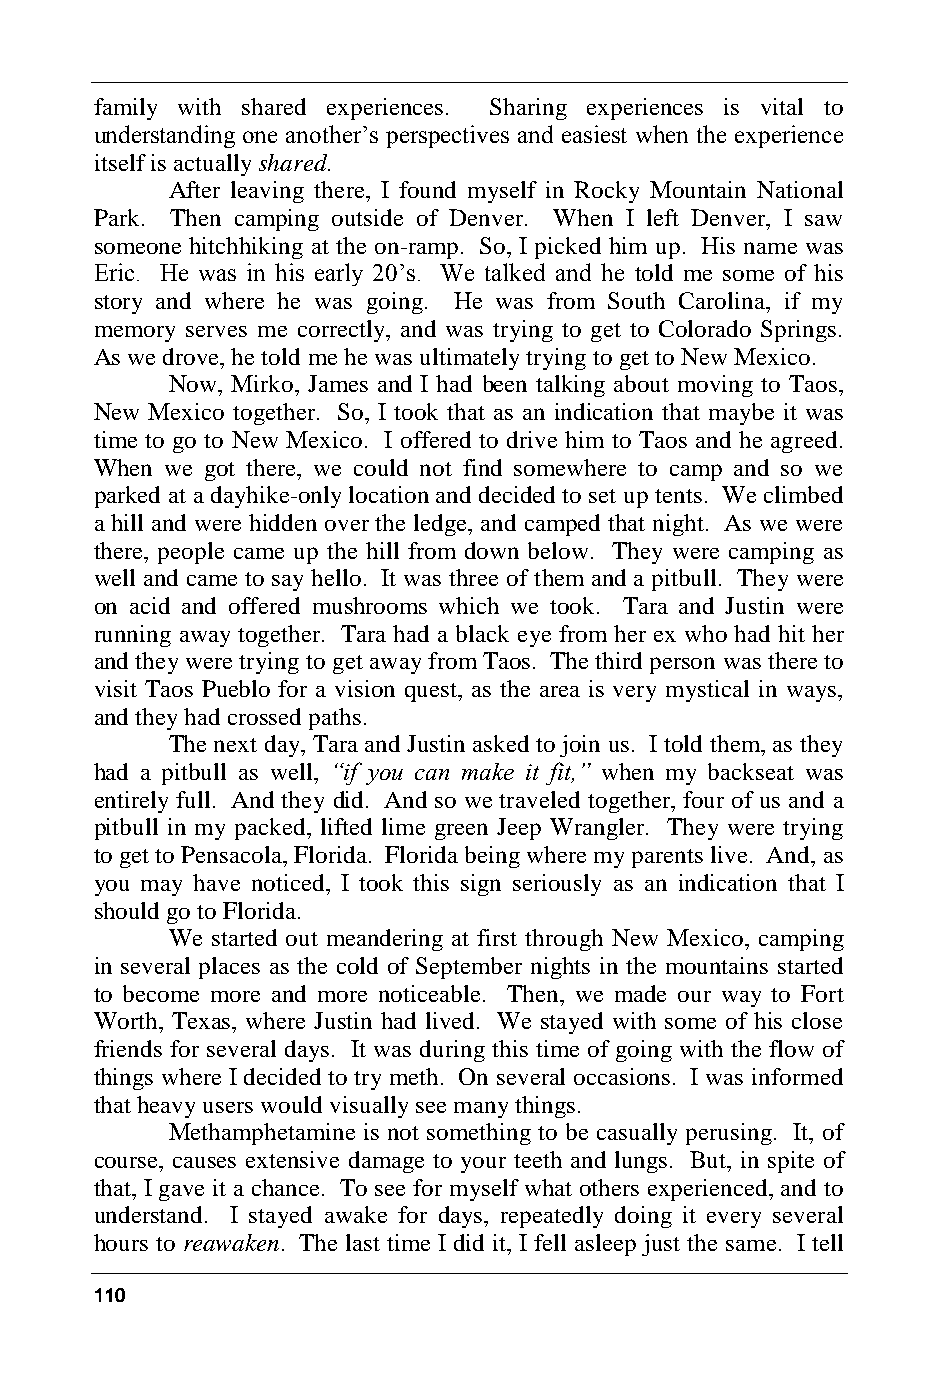
family with shared experiences. Sharing experiences is vital to
 understanding one another’s perspectives and easiest when the experience
 itself is actually shared.
 After leaving there, I found myself in Rocky Mountain National
 Park. Then camping outside of Denver. When I left Denver, I saw
 someone hitchhiking at the on-ramp. So, I picked him up. His name was
 Eric. He was in his early 20’s. We talked and he told me some of his
 story and where he was going. He was from South Carolina, if my
 memory serves me correctly, and was trying to get to Colorado Springs.
 As we drove, he told me he was ultimately trying to get to New Mexico.
 Now, Mirko, James and I had been talking about moving to Taos,
 New Mexico together. So, I took that as an indication that maybe it was
 time to go to New Mexico. I offered to drive him to Taos and he agreed.
 When we got there, we could not find somewhere to camp and so we
 parked at a dayhike-only location and decided to set up tents. We climbed
 a hill and were hidden over the ledge, and camped that night. As we were
 there, people came up the hill from down below. They were camping as
 well and came to say hello. It was three of them and a pitbull. They were
 on acid and offered mushrooms which we took. Tara and Justin were
 running away together. Tara had a black eye from her ex who had hit her
 and they were trying to get away from Taos. The third person was there to
 visit Taos Pueblo for a vision quest, as the area is very mystical in ways,
 and they had crossed paths.
 The next day, Tara and Justin asked to join us. I told them, as they
 had a pitbull as well, “if you can make it fit,” when my backseat was
 entirely full. And they did. And so we traveled together, four of us and a
 pitbull in my packed, lifted lime green Jeep Wrangler. They were trying
 to get to Pensacola, Florida. Florida being where my parents live. And, as
 you may have noticed, I took this sign seriously as an indication that I
 should go to Florida.
 We started out meandering at first through New Mexico, camping
 in several places as the cold of September nights in the mountains started
 to become more and more noticeable. Then, we made our way to Fort
 Worth, Texas, where Justin had lived. We stayed with some of his close
 friends for several days. It was during this time of going with the flow of
 things where I decided to try meth. On several occasions. I was informed
 that heavy users would visually see many things.
 Methamphetamine is not something to be casually perusing. It, of
 course, causes extensive damage to your teeth and lungs. But, in spite of
 that, I gave it a chance. To see for myself what others experienced, and to
 understand. I stayed awake for days, repeatedly doing it every several
 hours to reawaken. The last time I did it, I fell asleep just the same. I tell
 110